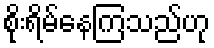
စိုးရိမ်နေကြသည်ဟု